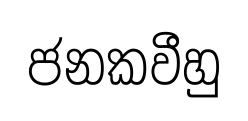
ජනකවීහු